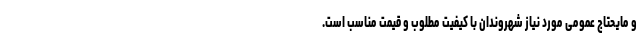
و مایحتاج عمومی مورد نیاز شهروندان با کیفیت مطلوب و قیمت مناسب است.